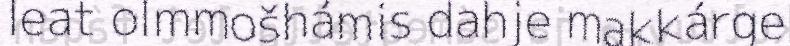
leat olmmošhámis dahje makkárge